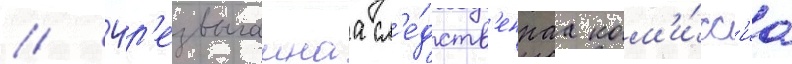
// Чр'езвычаинаа сл'е́дств'еннаа ком'и́сс'иа